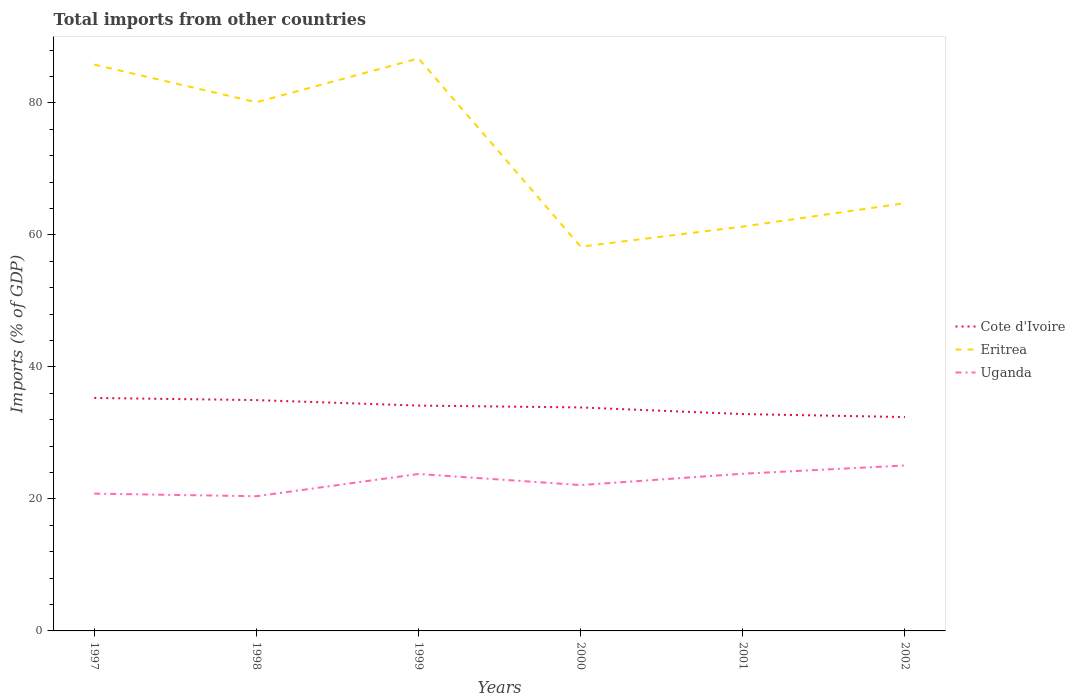
| Years | Cote d'Ivoire | Eritrea | Uganda |
 | --- | --- | --- | --- |
 | 1997 | 35.3 | 85.8 | 20.8 |
 | 1998 | 35 | 80.1 | 20.4 |
 | 1999 | 34.1 | 86.7 | 23.8 |
 | 2000 | 33.9 | 58.2 | 22.1 |
 | 2001 | 32.9 | 61.3 | 23.8 |
 | 2002 | 32.4 | 64.8 | 25.1 |